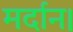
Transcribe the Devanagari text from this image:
मर्दान।